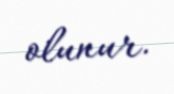
olunur.